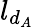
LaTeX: l_{d_{A}}